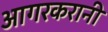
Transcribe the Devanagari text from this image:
आगरकरानी